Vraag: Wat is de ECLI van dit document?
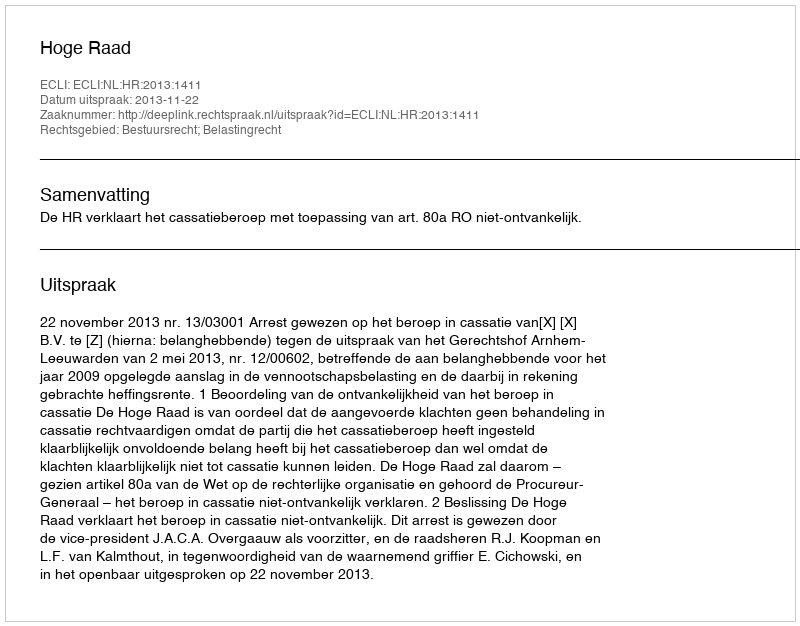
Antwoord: ECLI:NL:HR:2013:1411